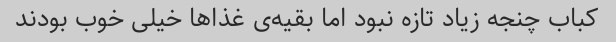
کباب چنجه زیاد تازه نبود اما بقیه‌ی غذا‌ها خیلی خوب بودند